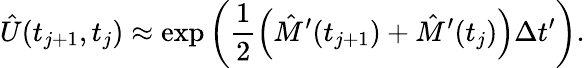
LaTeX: \hat{U}(t_{j+1},t_{j})\approx\exp{\left(\frac{1}{2}\left(\hat{M}^{\prime}(t_{j+1})+\hat{M}^{\prime}(t_{j})\right)\Delta t^{\prime}\right)}.